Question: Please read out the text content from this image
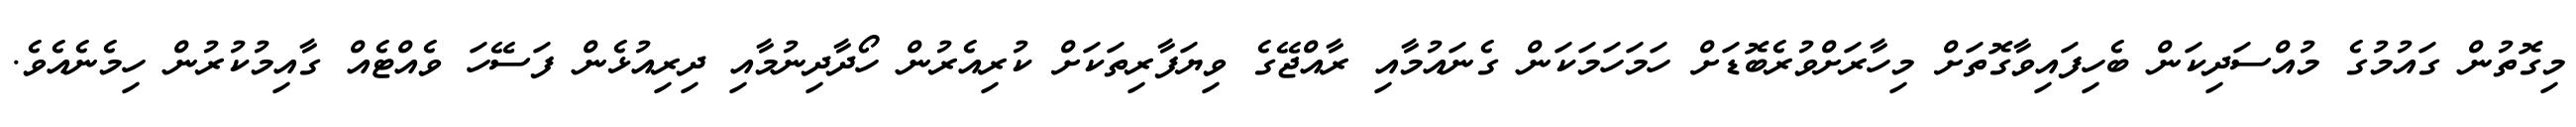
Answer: މިގޮތުން ގައުމުގެ މުއްސަދިކަން ބެހިފައިވާގޮތަށް މިހާރަށްވުރެބޮޑަށް ހަމަހަމަކަން ގެނައުމާއި ރާއްޖޭގެ ވިޔަފާރިތަކަށް ކުރިއެރުން ހޯދާދިނުމާއި ދިރިއުޅެން ފަސޭހަ ވެއްޓެއް ގާއިމުކުރުން ހިމެނެއެވެ.